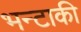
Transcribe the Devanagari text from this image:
भन्टाकी